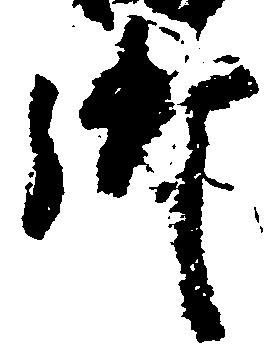
御